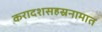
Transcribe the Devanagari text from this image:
करादशसहस्रनामात